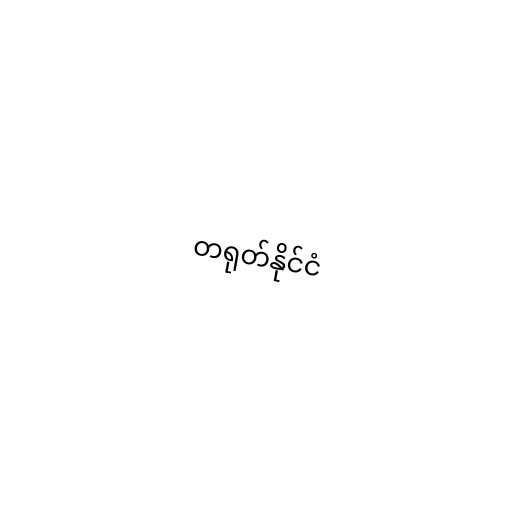
တရုတ်နိုင်ငံ